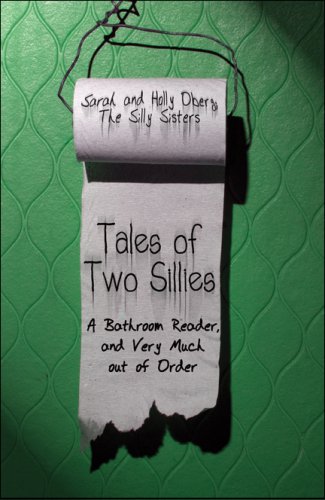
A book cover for Tales of Two Sillies: A Bathroom Reader, and Very Much out of Order; Sarah Oberg The Silly Sisters; Religion & Spirituality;